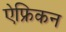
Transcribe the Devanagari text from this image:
ऐफ्रिकन